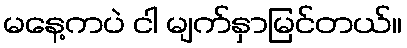
မနေ့ကပဲ ငါ မျက်နှာမြင်တယ်။